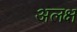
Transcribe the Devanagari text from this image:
अलक्ष